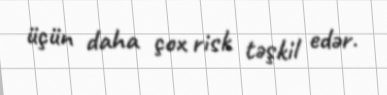
üçün daha çox risk təşkil edər.